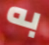
به